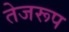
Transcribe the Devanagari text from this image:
तेजरूप